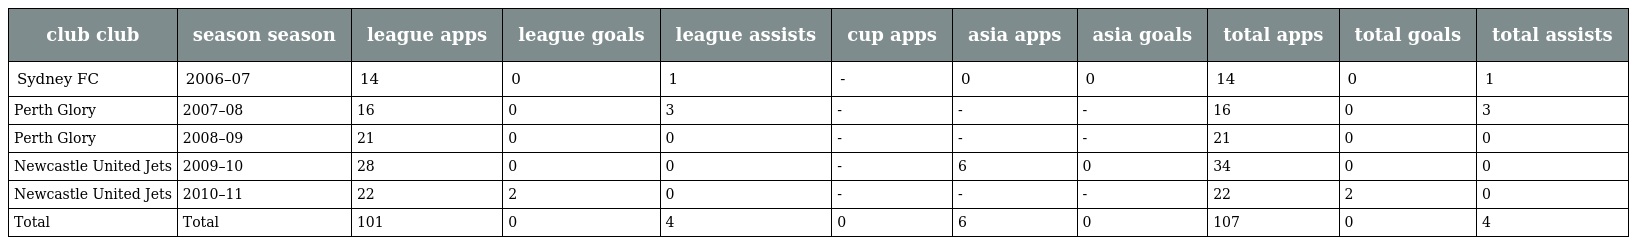
| club club | season season | league apps | league goals | league assists | cup apps | asia apps | asia goals | total apps | total goals | total assists |
 | --- | --- | --- | --- | --- | --- | --- | --- | --- | --- | --- |
 | Sydney FC | 2006–07 | 14 | 0 | 1 | - | 0 | 0 | 14 | 0 | 1 |
 | Perth Glory | 2007–08 | 16 | 0 | 3 | - | - | - | 16 | 0 | 3 |
 | Perth Glory | 2008–09 | 21 | 0 | 0 | - | - | - | 21 | 0 | 0 |
 | Newcastle United Jets | 2009–10 | 28 | 0 | 0 | - | 6 | 0 | 34 | 0 | 0 |
 | Newcastle United Jets | 2010–11 | 22 | 2 | 0 | - | - | - | 22 | 2 | 0 |
 | Total | Total | 101 | 0 | 4 | 0 | 6 | 0 | 107 | 0 | 4 |